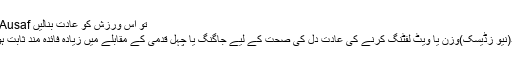
تو اس ورزش کو عادت بنالیں Daily Ausaf
سلام آباد(نیو زڈیسک)وزن یا ویٹ لفٹنگ کرنے کی عادت دل کی صحت کے لیے جاگنگ یا چہل قدمی کے مقابلے میں زیادہ فائدہ مند ثابت ہوتی ہے۔